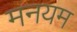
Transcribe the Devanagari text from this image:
मनयम